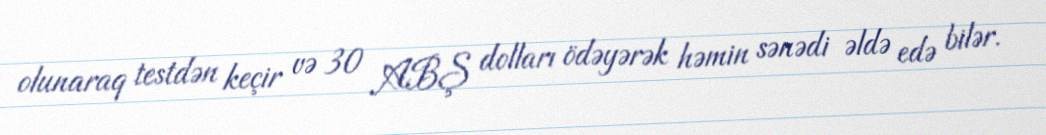
olunaraq testdən keçir və 30 ABŞ dolları ödəyərək həmin sənədi əldə edə bilər.